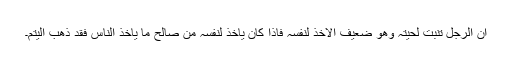
أَنَّ الرَّجُلَ تُنْبِتُ لِحْیَتُہُ وَھُوَ ضَعِیْفُ الْأَخْذِ لِنَفْسِہِ فَاِذَا کَانَ یَأْخُذُ لِنَفْسِہِ مِنْ صَالِحِ مَا یََأْخُذُ النَّاسُ فقَدْ ذَھَبَ الیُتْمُ۔